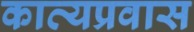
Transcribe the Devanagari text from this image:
काव्यप्रवास